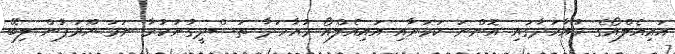
އައިއެލްއޯގެ މުއާހަދާގައި އޮންނަ ކަމަށާއި އައިއެލްއޯ މުއާހަދާ ތަސްދީގުނުކުރާ ނަމަ ޔޫރަޕުން ލިބޭ